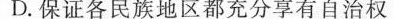
D. 保证各民族地区都充分享有自治权